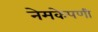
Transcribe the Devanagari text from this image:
नेमकेपणी